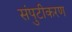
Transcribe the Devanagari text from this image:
संपुटीकरण